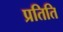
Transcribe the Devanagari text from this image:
प्रतिति